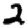
Digit: 2